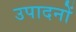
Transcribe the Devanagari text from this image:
उपादनों